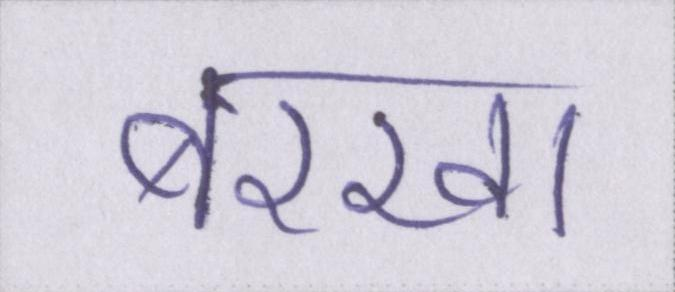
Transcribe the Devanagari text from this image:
बरखा